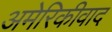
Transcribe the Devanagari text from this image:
अमेरिकीवाद